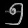
Digit: ၅